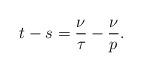
LaTeX: \begin{align*} t-s=\frac{\nu}{\tau_{}}-\frac{\nu}{p_{}}.\end{align*}